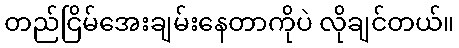
တည်ငြိမ်အေးချမ်းနေတာကိုပဲ လိုချင်တယ်။